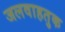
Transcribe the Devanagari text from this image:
जलवाहतुक